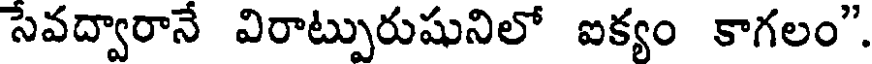
సేవద్వారానే విరాట్పురుషునిలో ఐక్యం కాగలం".